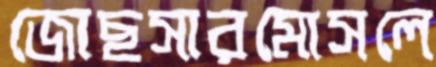
জোছসারমোসলে